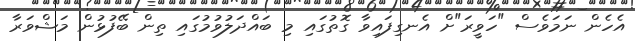
އެހެން ނަމަވެސް "ހަވީރަ"ށް އެނގިފައިވާ ގޮތުގައި މި ބައްދަލުވުމުގައި ތިން ބޭފުޅުން މަޝްވަރާ